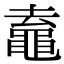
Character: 鼁